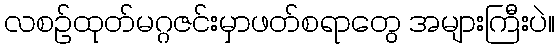
လစဉ်ထုတ်မဂ္ဂဇင်းမှာဖတ်စရာတွေ အများကြီးပဲ။